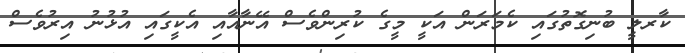
ކާރލީ ބުނިގޮތުގައި ކެމަރަން އަކީ މީގެ ކުރިންވެސް އޭނާއާއި އެކީގައި އުޅުނު އިރުވެސް